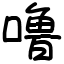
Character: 噜